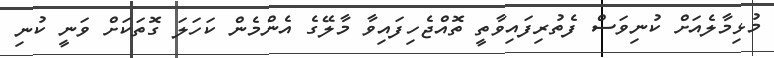
މުޅިމާލެއަށް ކުނިވަސް ފެތުރިފައިވާތީ ތޮއްޖެހިފައިވާ މާލޭގެ އެންމެން ކަހަލަ ގޮތަކަށް ވަނީ ކުނި